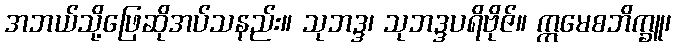
အဘယ်သို့ဖြေဆိုအပ်သနည်း။ သုဘဒ္ဒ၊ သုဘဒ္ဒပရိဗိုဇ်။ ဣမေစဘိက္ခူ၊